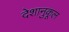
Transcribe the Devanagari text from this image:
देशानुकूल